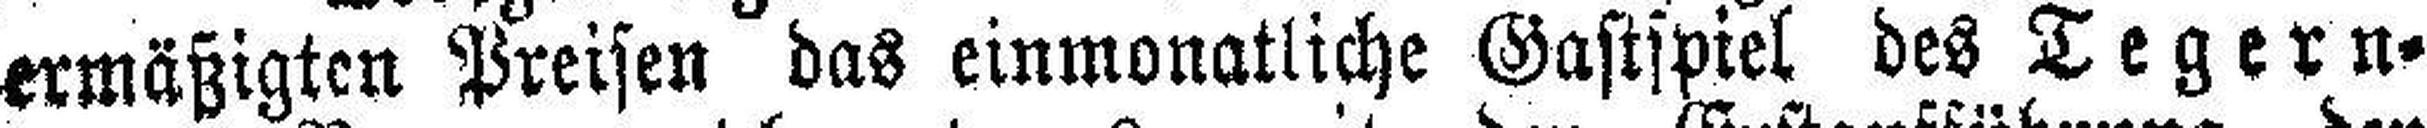
ermäßigten Preisen das einmonatliche Gastspiel des Tegern¬